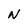
Character: N